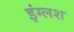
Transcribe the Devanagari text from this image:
इंग्लश